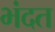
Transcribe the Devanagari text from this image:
भंदत